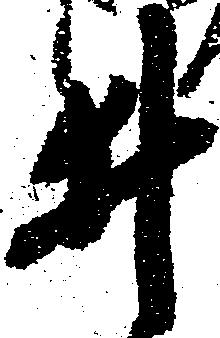
井